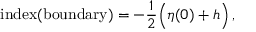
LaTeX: \mathrm { i n d e x ( b o u n d a r y ) } = - \frac { 1 } { 2 } \Big ( \eta ( 0 ) + h \Big ) \, ,